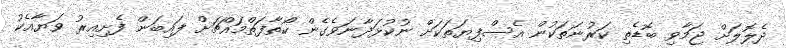
ދެލޮލަށް ޖަމާވި ބޮޑެތި ކަރުނަތަކުން އެސްފިޔަތަކަށް ނުކުޅަދާނަވެގެން ކޯތާފަތްމައްޗަށް ފައިބަން ފެށިއިރު ވަޔާއެކު